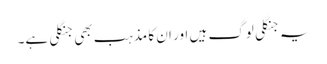
یہ جنگلی لوگ ہیں اور ان کا مذہب بھی جنگلی ہے۔